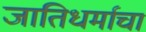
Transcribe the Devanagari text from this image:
जातिधर्माचा